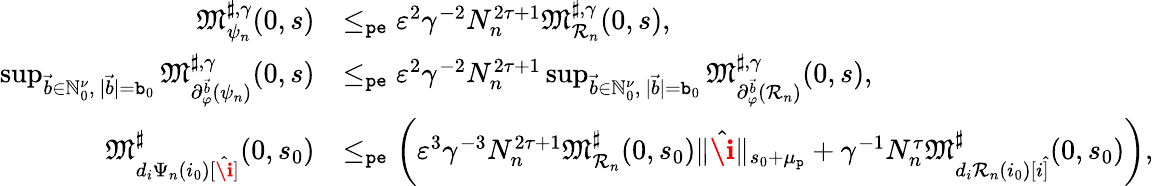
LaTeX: \begin{array}{rl}{\mathfrak{M}_{\psi_{n}}^{\sharp,\gamma}(0,s)}&{\le_{\mathtt{pe}}\varepsilon^{2}\gamma^{-2}N_{n}^{2\tau+1}\mathfrak{M}_{\mathcal{R}_{n}}^{\sharp,\gamma}(0,s),}\\ {\operatorname*{sup}_{\vec{b}\in\mathbb{N}_{0}^{\nu},\ |\vec{b}|=\mathtt{b}_{0}}\mathfrak{M}_{\partial_{\varphi}^{\vec{b}}(\psi_{n})}^{\sharp,\gamma}(0,s)}&{\le_{\mathtt{pe}}\varepsilon^{2}\gamma^{-2}N_{n}^{2\tau+1}\operatorname*{sup}_{\vec{b}\in\mathbb{N}_{0}^{\nu},\ |\vec{b}|=\mathtt{b}_{0}}\mathfrak{M}_{\partial_{\varphi}^{\vec{b}}(\mathcal{R}_{n})}^{\sharp,\gamma}(0,s),}\\ {\mathfrak{M}_{d_{i}\Psi_{n}(i_{0})[\hat{\textbf{\i}}]}^{\sharp}(0,s_{0})}&{\le_{\mathtt{pe}}\left(\varepsilon^{3}\gamma^{-3}N_{n}^{2\tau+1}\mathfrak{M}_{\mathcal{R}_{n}}^{\sharp}(0,s_{0})\rVert\hat{\textbf{\i}}\rVert_{s_{0}+\mu_{\mathtt{p}}}+\gamma^{-1}N_{n}^{\tau}\mathfrak{M}_{d_{i}\mathcal{R}_{n}(i_{0})[i\hat{]}}^{\sharp}(0,s_{0})\right),}\end{array}